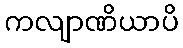
ကလျာဏိယာပိ